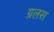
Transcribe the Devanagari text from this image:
ग्रलस